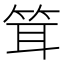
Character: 䇯